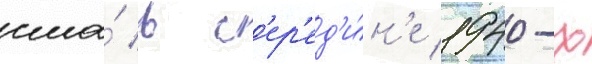
сша́ в с'ер'ед'и́н'е 1940-х